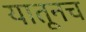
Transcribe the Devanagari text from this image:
यातूनच